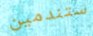
ستندمين